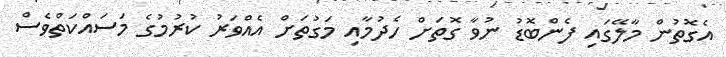
އެގޮތުން މާލޭގައި ފެންބޮޑު ނުވާ ގޮތަށް ހެދުމާއި މަގުތަށް އެއްވަރު ކުރުމުގެ މަސައްކަތްވެސް